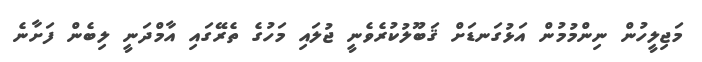
މަޖިލީހުން ނިންމުމުން އަޅުގަނޑަށް ޤަބޫލުކުރެވެނީ ޖުލައި މަހުގެ ތެރޭގައި އާމްދަނީ ލިބެން ފަށާނެ